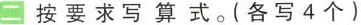
二 按要求写算式。（各写4个）